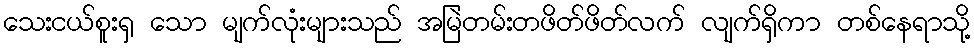
သေးငယ်စူးရှ သော မျက်လုံးများသည် အမြဲတမ်းတဖိတ်ဖိတ်လက် လျက်ရှိကာ တစ်နေရာသို့